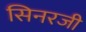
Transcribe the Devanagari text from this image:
सिनरजी